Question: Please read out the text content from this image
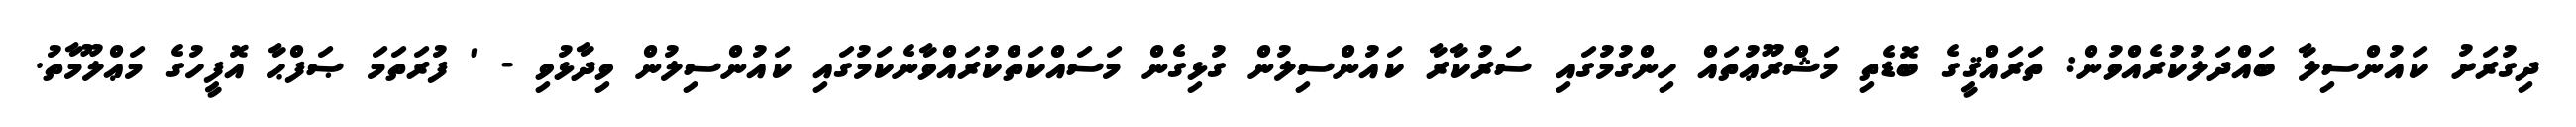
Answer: ދިގުރަށު ކައުންސިލާ ބައްދަލުކުރެއްވުން: ތަރައްޤީގެ ބޮޑެތި މަޝްރޫޢުތައް ހިންގުމުގައި ސަރުކާރާ ކައުންސިލުން ގުޅިގެން މަސައްކަތްކުރައްވާނެކަމުގައި ކައުންސިލުން ވިދާޅުވި - ' ފުރަތަމަ ޞަފްޙާ އޮފީހުގެ މަޢްލޫމާތު.